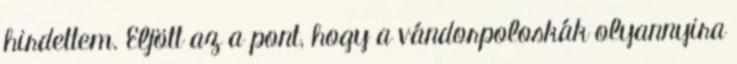
hirdettem. Eljött az a pont, hogy a vándorpoloskák olyannyira